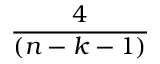
\frac { 4 } { ( n - k - 1 ) }